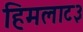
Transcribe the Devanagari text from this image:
हिमलाट३